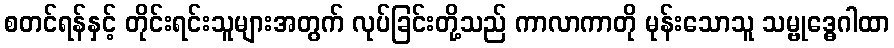
စတင်ရန်နှင့် တိုင်းရင်းသူများအတွက် လုပ်ခြင်းတို့သည် ကာလာကာတို မုန်းသောသူ သမ္ဗုဒ္ဓေဂါထာ